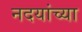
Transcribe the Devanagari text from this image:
नदयांच्या